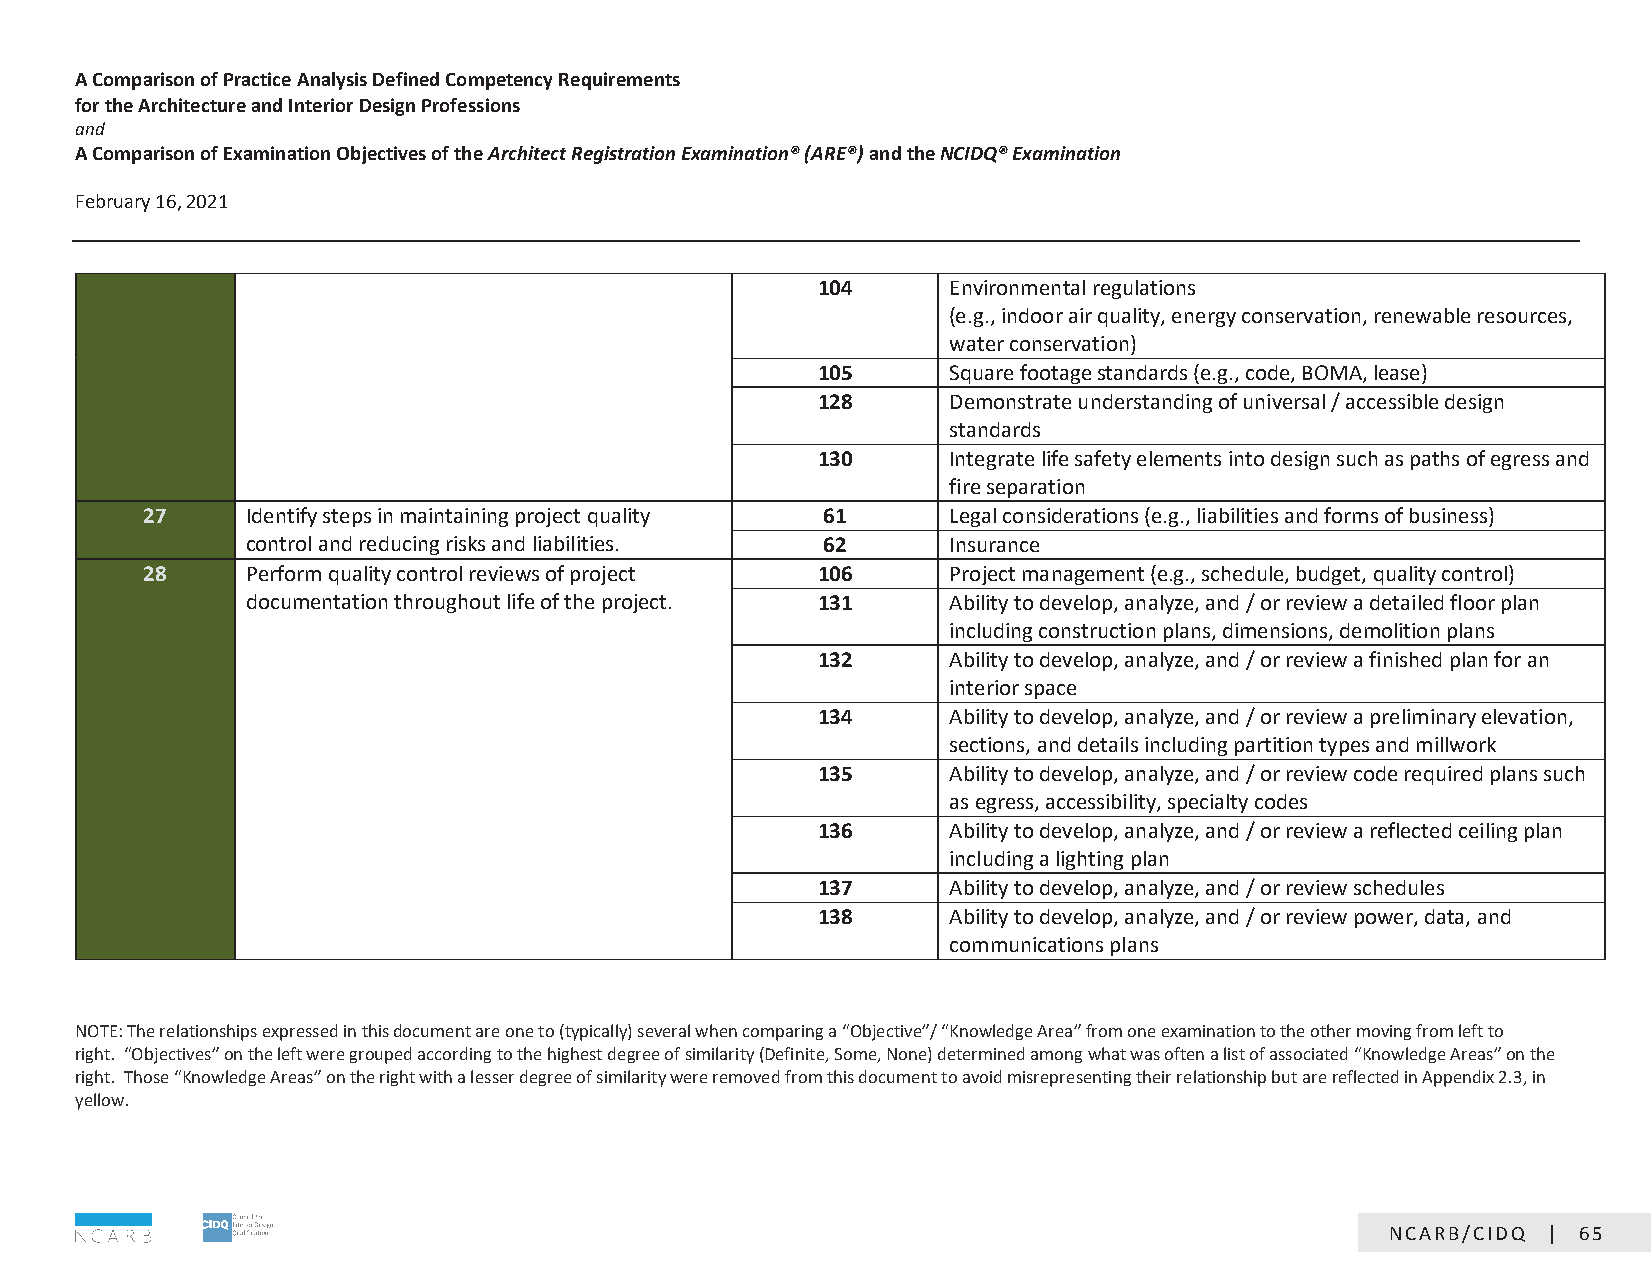
A Comparison of Practice Analysis Defined Competency Requirements
 for the Architecture and Interior Design Professions
 and
 A Comparison of Examination Objectives of the Architect Registration Examination® (ARE®) and the NCIDQ® Examination
 February 16, 2021                                CONFIDENTIAL: NOT FOR DISTRIBUTION
 104      Environmental regulations
 (e.g., indoor air quality, energy conservation, renewable resources,
 water conservation)
 105      Square footage standards (e.g., code, BOMA, lease)
 128      Demonstrate understanding of universal / accessible design
 standards
 130      Integrate life safety elements into design such as paths of egress and
 fire separation
 27     Identify steps in maintaining project quality 61 Legal considerations (e.g., liabilities and forms of business)
 control and reducing risks and liabilities. 62 Insurance
 28     Perform quality control reviews of project 106 Project management (e.g., schedule, budget, quality control)
 documentation throughout life of the project. 131 Ability to develop, analyze, and / or review a detailed floor plan
 including construction plans, dimensions, demolition plans
 132      Ability to develop, analyze, and / or review a finished plan for an
 interior space
 134      Ability to develop, analyze, and / or review a preliminary elevation,
 sections, and details including partition types and millwork
 135      Ability to develop, analyze, and / or review code required plans such
 as egress, accessibility, specialty codes
 136      Ability to develop, analyze, and / or review a reflected ceiling plan
 including a lighting plan
 137      Ability to develop, analyze, and / or review schedules
 138      Ability to develop, analyze, and / or review power, data, and
 communications plans
 NOTE: The relationships expressed in this document are one to (typically) several when comparing a “Objective”/ “Knowledge Area” from one examination to the other moving from left to
 right. “Objectives” on the left were grouped according to the highest degree of similarity (Definite, Some, None) determined among what was often a list of associated “Knowledge Areas” on the
 right. Those “Knowledge Areas” on the right with a lesser degree of similarity were removed from this document to avoid misrepresenting their relationship but are reflected in Appendix 2.3, in
 yellow.
 Page 5 of 19
 NCARB/CIDQ | 65